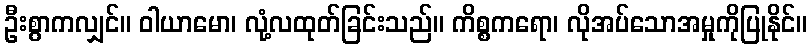
ဦးစွာကလျှင်။ ဝါယာမော၊ လုံ့လထုတ်ခြင်းသည်။ ကိစ္စကရော၊ လိုအပ်သောအမှုကိုပြုနိုင်။